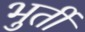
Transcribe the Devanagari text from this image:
भुर्ती